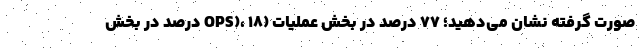
صورت گرفته نشان می‌دهید؛ 77 درصد در بخش عملیات (OPS)، 18 درصد در بخش